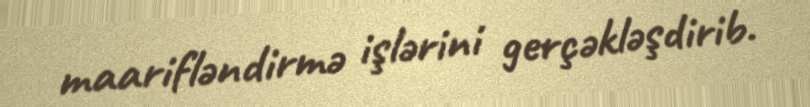
maarifləndirmə işlərini gerçəkləşdirib.